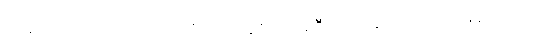
အဆိုပါ သတင်းနဲ့ ပတ်သက်ပြီး တာဝန်ရှိသူတစ်ဦးက အခုလိုပဲပြောကြားခဲ့ပါတယ်။